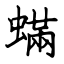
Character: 蟎